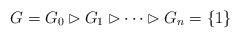
LaTeX: \begin{align*}G=G_0\rhd G_1\rhd\cdots\rhd G_n=\{1\}\end{align*}